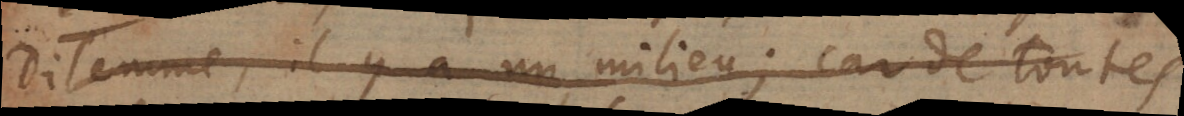
dilemme, il y a un milieu; car de toutes